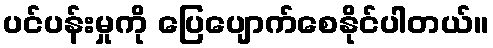
ပင်ပန်းမှုကို ပြေပျောက်စေနိုင်ပါတယ်။